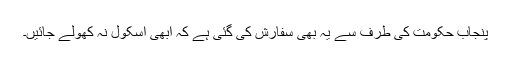
پنجاب حکومت کی طرف سے یہ بھی سفارش کی گئی ہے کہ ابھی اسکول نہ کھولے جائیں۔